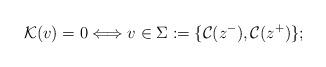
LaTeX: \begin{align*}\mathcal{K}({v})=0\Longleftrightarrow {v}\in\Sigma:=\{\mathcal{C}(z^-),\mathcal{C}(z^+)\};\end{align*}